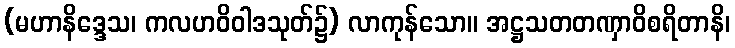
(မဟာနိဒ္ဒေသ၊ ကလဟဝိဝါဒသုတ်၌) လာကုန်သော။ အဋ္ဌသတတဏှာဝိစရိတာနိ၊